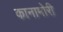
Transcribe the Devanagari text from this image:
कानामोरी